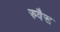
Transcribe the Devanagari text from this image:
रुवैस